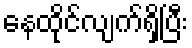
နေထိုင်လျက်ရှိပြီး